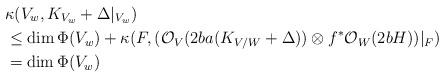
LaTeX: \begin{align*}&\kappa (V_w, K_{V_w}+\Delta|_{V_w})\\&\leq \dim \Phi (V_w)+\kappa(F, (\mathcal O_V(2b a(K_{V/W}+\Delta))\otimes f^*\mathcal O_W(2b H))|_F)\\&=\dim \Phi(V_w)\end{align*}